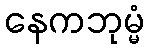
နေကဘုမ္မံ